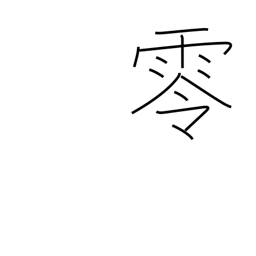
Meaning: overflow